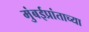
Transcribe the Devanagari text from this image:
मुंबईप्रांताच्या